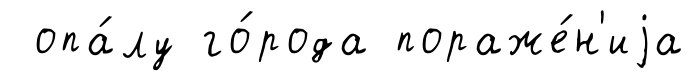
опа́лу го́рода пораже́н'иjа